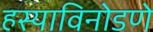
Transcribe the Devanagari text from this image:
हस्याविनोडणे